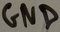
Text: GND